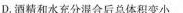
D.酒精和水充分混合后总体积变小